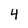
Character: 4